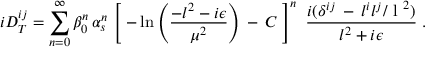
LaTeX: i D _ { T } ^ { i j } = \sum _ { n = 0 } ^ { \infty } \beta _ { 0 } ^ { n } \, \alpha _ { s } ^ { n } \, \left[ \; - \ln \left( { \frac { - l ^ { 2 } - i \epsilon } { \mu ^ { 2 } } } \right) \, - \, C \; \right] ^ { n } \, \, { \frac { i ( \delta ^ { i j } \, - \, l ^ { i } l ^ { j } / \mathrm { \boldmath ~ l ~ } ^ { 2 } ) } { l ^ { 2 } + i \epsilon } } \; .